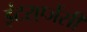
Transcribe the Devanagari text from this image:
इंटरएजेंसी